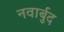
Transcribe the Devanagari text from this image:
नवार्बुद